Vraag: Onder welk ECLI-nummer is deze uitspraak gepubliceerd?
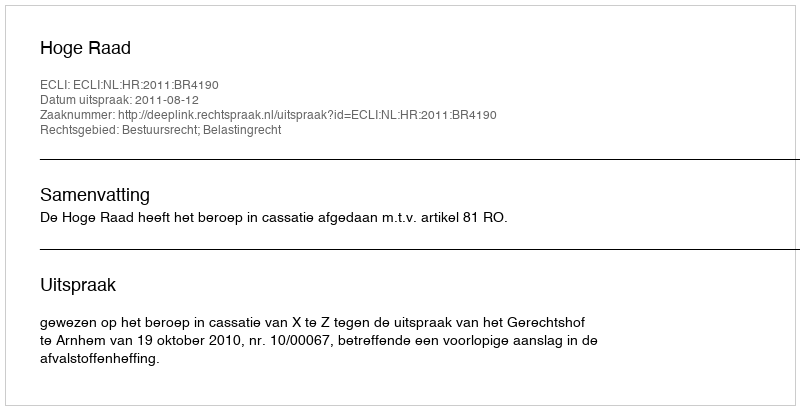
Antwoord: ECLI:NL:HR:2011:BR4190